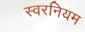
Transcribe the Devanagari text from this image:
स्वरनियम